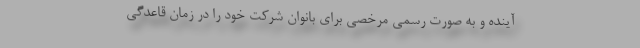
آینده و به صورت رسمی مرخصی برای بانوان شرکت خود را در زمان قاعدگی